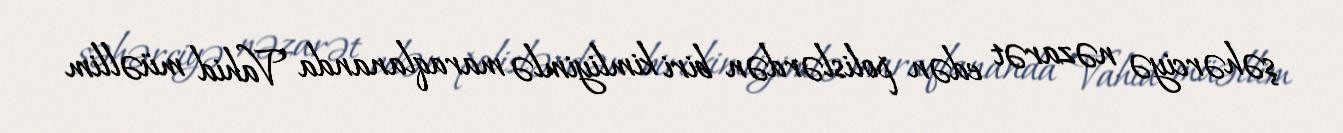
şəhərciyə nəzarət edən polislərdən biri kimliyimlə maraqlananda Vahid müəllim